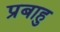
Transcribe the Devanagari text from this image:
प्रबाहु